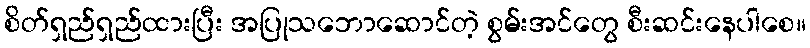
စိတ်ရှည်ရှည်ထားပြီး အပြုသဘောဆောင်တဲ့ စွမ်းအင်တွေ စီးဆင်းနေပါစေ။